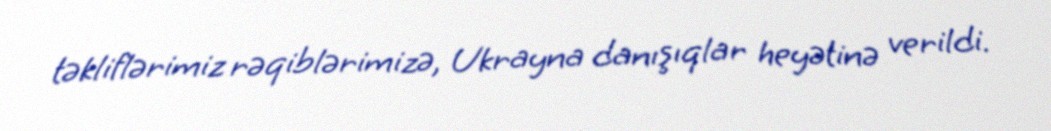
təkliflərimiz rəqiblərimizə, Ukrayna danışıqlar heyətinə verildi.